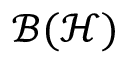
{ \mathcal { B } } ( { \mathcal { H } } )